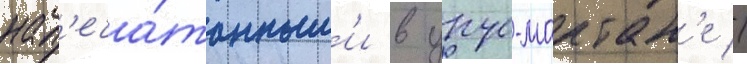
нап'еча́танным'и в урус-мартан'е //